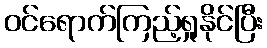
ဝင်ရောက်ကြည့်ရှုနိုင်ပြီး